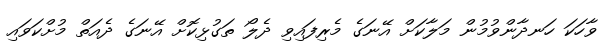
ވާހަކަ ހަނދާންވުމުން މަލާކަށް އޭނަގެ މެރިފައިވި ދެލޯ ތަގުޅިކޮށް އޭނަގެ ދެއަތް މުށްކަވައި